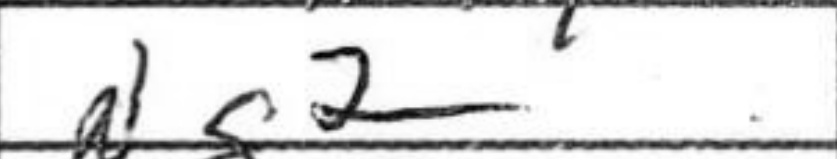
Transcription: Qh6